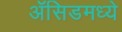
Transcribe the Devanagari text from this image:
ॲसिडमध्ये